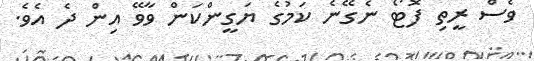
ވެސް ރީތި ފޮޓޯ ނެގޭނެ ކަމުގެ ޔަގީންކަން ވާވޭ އިން ދެ އެވެ.